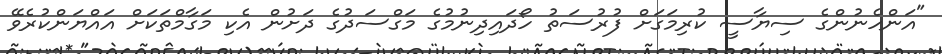
"އަންހެނުންގެ ސިޔާސީ ކުރިމަގަށް ފުރުސަތު ހޯދައިދިނުމުގެ މަގްސަދުގެ ދަށުން އެކި މަގާމްތަކަށް އައްޔަންކުރެވޭ